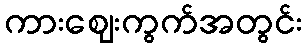
ကားဈေးကွက်အတွင်း